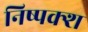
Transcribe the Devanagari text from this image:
निष्पक्श